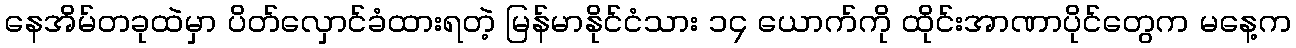
နေအိမ်တခုထဲမှာ ပိတ်လှောင်ခံထားရတဲ့ မြန်မာနိုင်ငံသား ၁၄ ယောက်ကို ထိုင်းအာဏာပိုင်တွေက မနေ့က